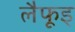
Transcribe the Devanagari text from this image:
लैफूइ